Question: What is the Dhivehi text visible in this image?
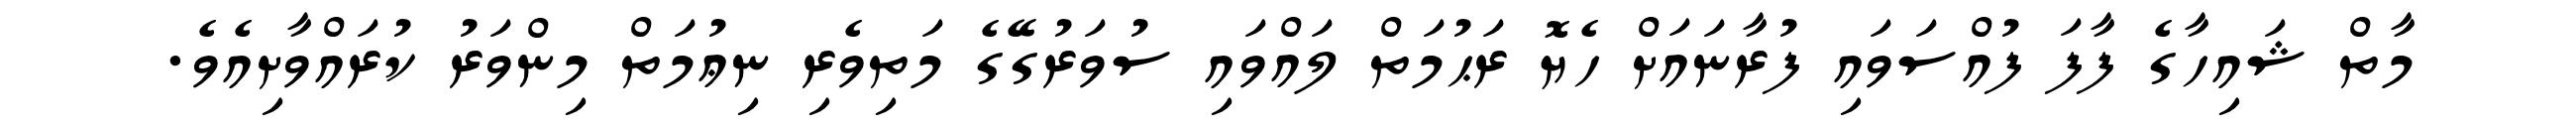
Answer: މާތް ޝައިހާގެ ފާފަ ފުއްސަވައި ފުރާނައަށް ހެޔޮ ރަޙުމަތް ލައްވައި ސުވަރުގޭގެ މަތިވެރި ނިޢުމަތް މިންވަރު ކުރައްވާށިއެވެ.